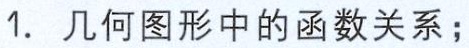
1. 几何图形中的函数关系；